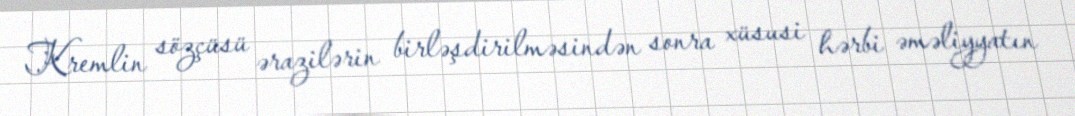
Kremlin sözçüsü ərazilərin birləşdirilməsindən sonra xüsusi hərbi əməliyyatın